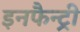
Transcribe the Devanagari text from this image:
इनफैन्ट्री